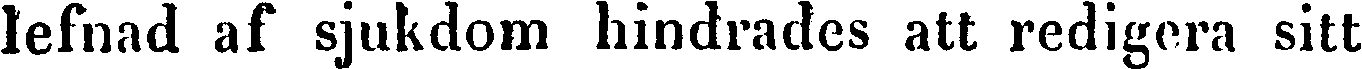
lefnad af sjukdom hindrades att redigera sitt